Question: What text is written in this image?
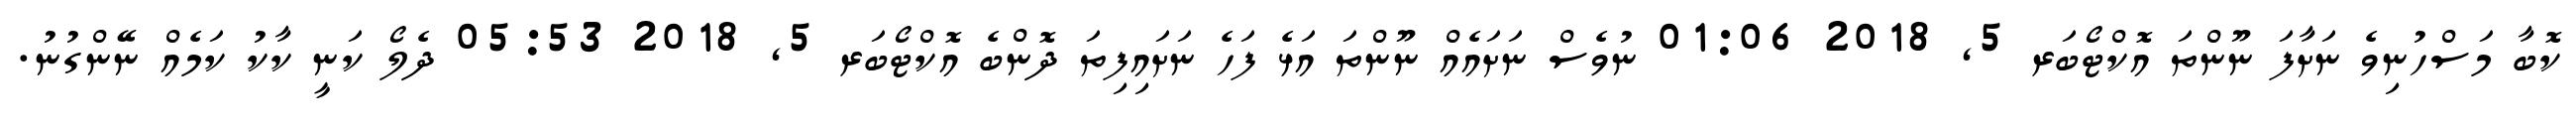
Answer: ކޮބާ މަސްހުނިވެ ނަށާފަ ނޫންތަ އޮކްޓޯބަރ 5, 2018 01:06 ނުވެސް ނަށައެއް ނޫންތަ އަޅެ ފަހެ ނަށައިފިތަ ދޮންބެ އޮކްޓޯބަރ 5, 2018 05:53 ދެލޯ ކަނީ ކާކު ކަމެއް ނޭންގުނު.